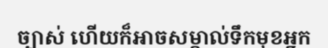
ច្បាស់ ហើយក៏អាចសម្គាល់ទឹកមុខអ្នក